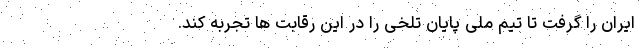
ایران را گرفت تا تیم ملی پایان تلخی را در این رقابت ها تجربه کند.